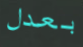
بعدل